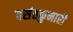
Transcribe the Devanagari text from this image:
वसंतकुमारी